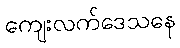
ကျေးလက်ဒေသနေ